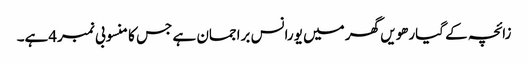
زائچہ کے گیارھویں گھر میں یورانس براجمان ہے جس کا منسوبی نمبر4ہے۔